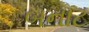
બનાટ